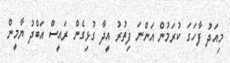
މިއަދު ފާހަގަ ކުރަމުން އަންނަ ފިތުރު އީދާ ގުޅިގެން ރައީސް އަބްދު ޔާމީން